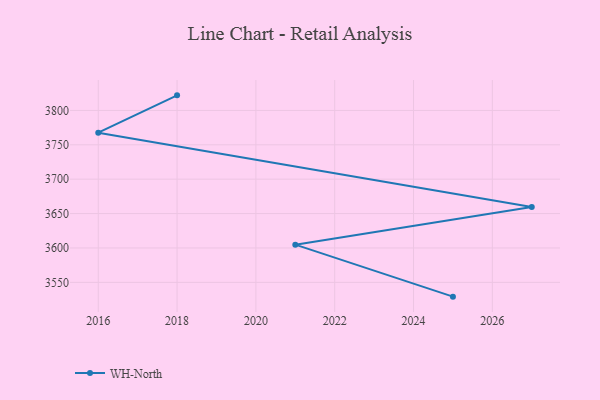
{"axis": {"x": "Year", "y": "Energy Usage (MWh)"}, "legend": ["WH-North"], "data": [{"x": "2025", "y": 3529.2, "type": "WH-North"}, {"x": "2021", "y": 3604.8, "type": "WH-North"}, {"x": "2027", "y": 3659.4, "type": "WH-North"}, {"x": "2016", "y": 3767.6, "type": "WH-North"}, {"x": "2018", "y": 3821.9, "type": "WH-North"}]}